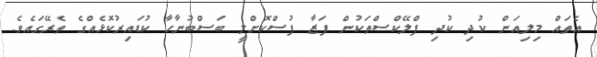
އެތައް މިލިއަން ކުދި ކުދި ފްލޭކްސްތަކުން ފަޒާ ފުސްކޮށްލީ ބަސްބުނާހާ ކުޑައިރުކޮޅެއްގެ ތެރޭގައެވެ.